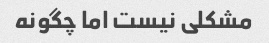
مشکلی نیست اما چگونه